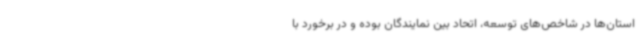
استان‌ها در شاخص‌های توسعه، اتحاد بین نمایندگان بوده و در برخورد با